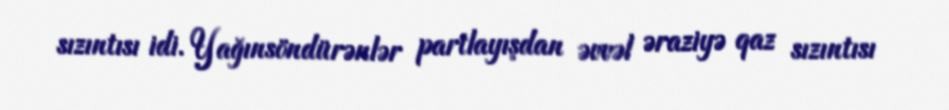
sızıntısı idi. Yağınsöndürənlər partlayışdan əvvəl əraziyə qaz sızıntısı